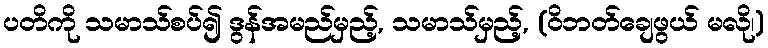
ပတိကို သမာသ်စပ်၍ ဒွန်အမည်မှည့်, သမာသ်မှည့်, (ဝိဘတ်ချေဖွယ် မလို၊)